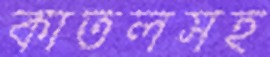
কাতলসহ